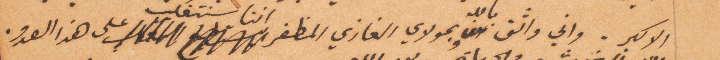
الأكبر، واني واثق بالله وبمولاي الغازي اننا سنتغلب على هذا العدو.